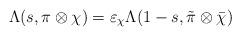
LaTeX: \begin{align*}\Lambda(s,\pi\otimes\chi)=\varepsilon_\chi \Lambda(1-s,\tilde{\pi}\otimes\bar{\chi})\end{align*}